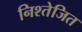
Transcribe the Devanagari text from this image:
निश्तेजित